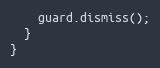
Language: C++
    guard.dismiss();
  }
}